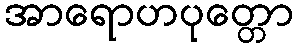
အာရောဟပုတ္တော